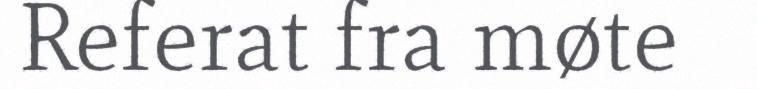
Referat fra møte